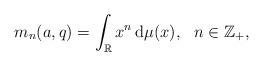
LaTeX: \begin{align*}m_{n}(a,q)=\int_{\mathbb{R}}x^{n}\,\mbox{d}\mu(x),\ \ n\in\mathbb{Z}_{+},\end{align*}